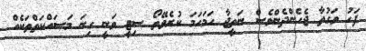
ފަހު ވަގުތާ ޖެހެންދެންވެސް ނަތީޖާ ހަމަހަމަ ކުރެވޭތޯ ސިޓީ ވަނީ ގިނަ މަސައްކަތްތަކެއް